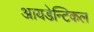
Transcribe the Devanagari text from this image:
आयडेन्टिकल